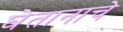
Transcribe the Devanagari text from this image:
घेतानाचे